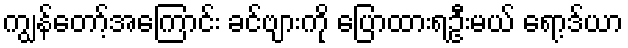
ကျွန်တော့်အကြောင်း ခင်ဗျားကို ပြောထားရဦးမယ် ရော့ဒ်ယာ